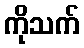
ကိုသက်